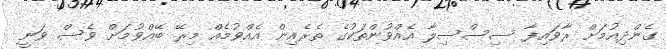
ގެންދިއުމަށް ރާވައިފާ ސިސްސިލާ އެއްވުންތަކުގެ ތެރެއިން އެއްވުމެއް މިރޭ ބޭއްވުމަށް ވެސް ވަނީ